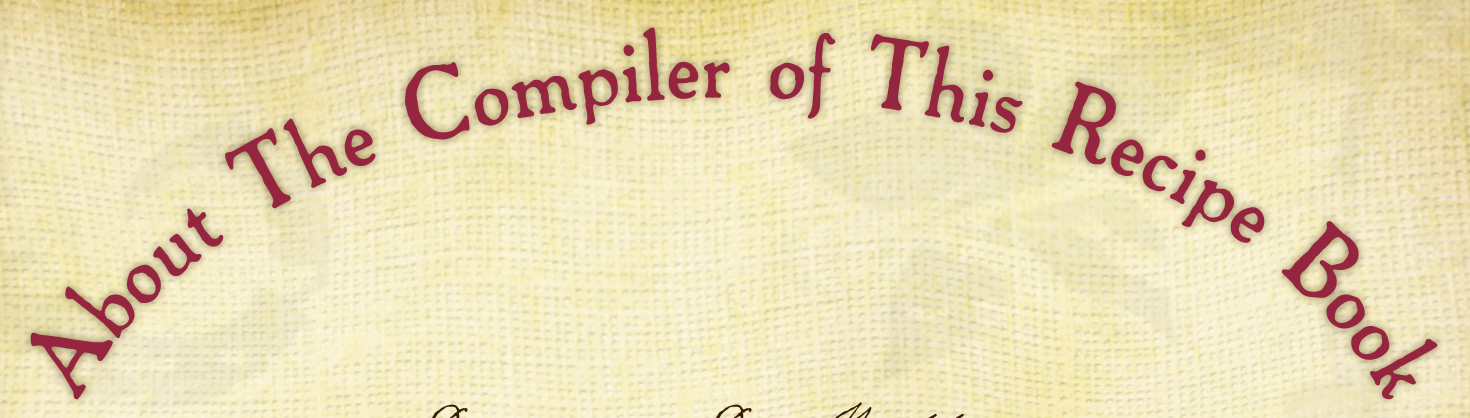
About The Compiler of This Recipe Book